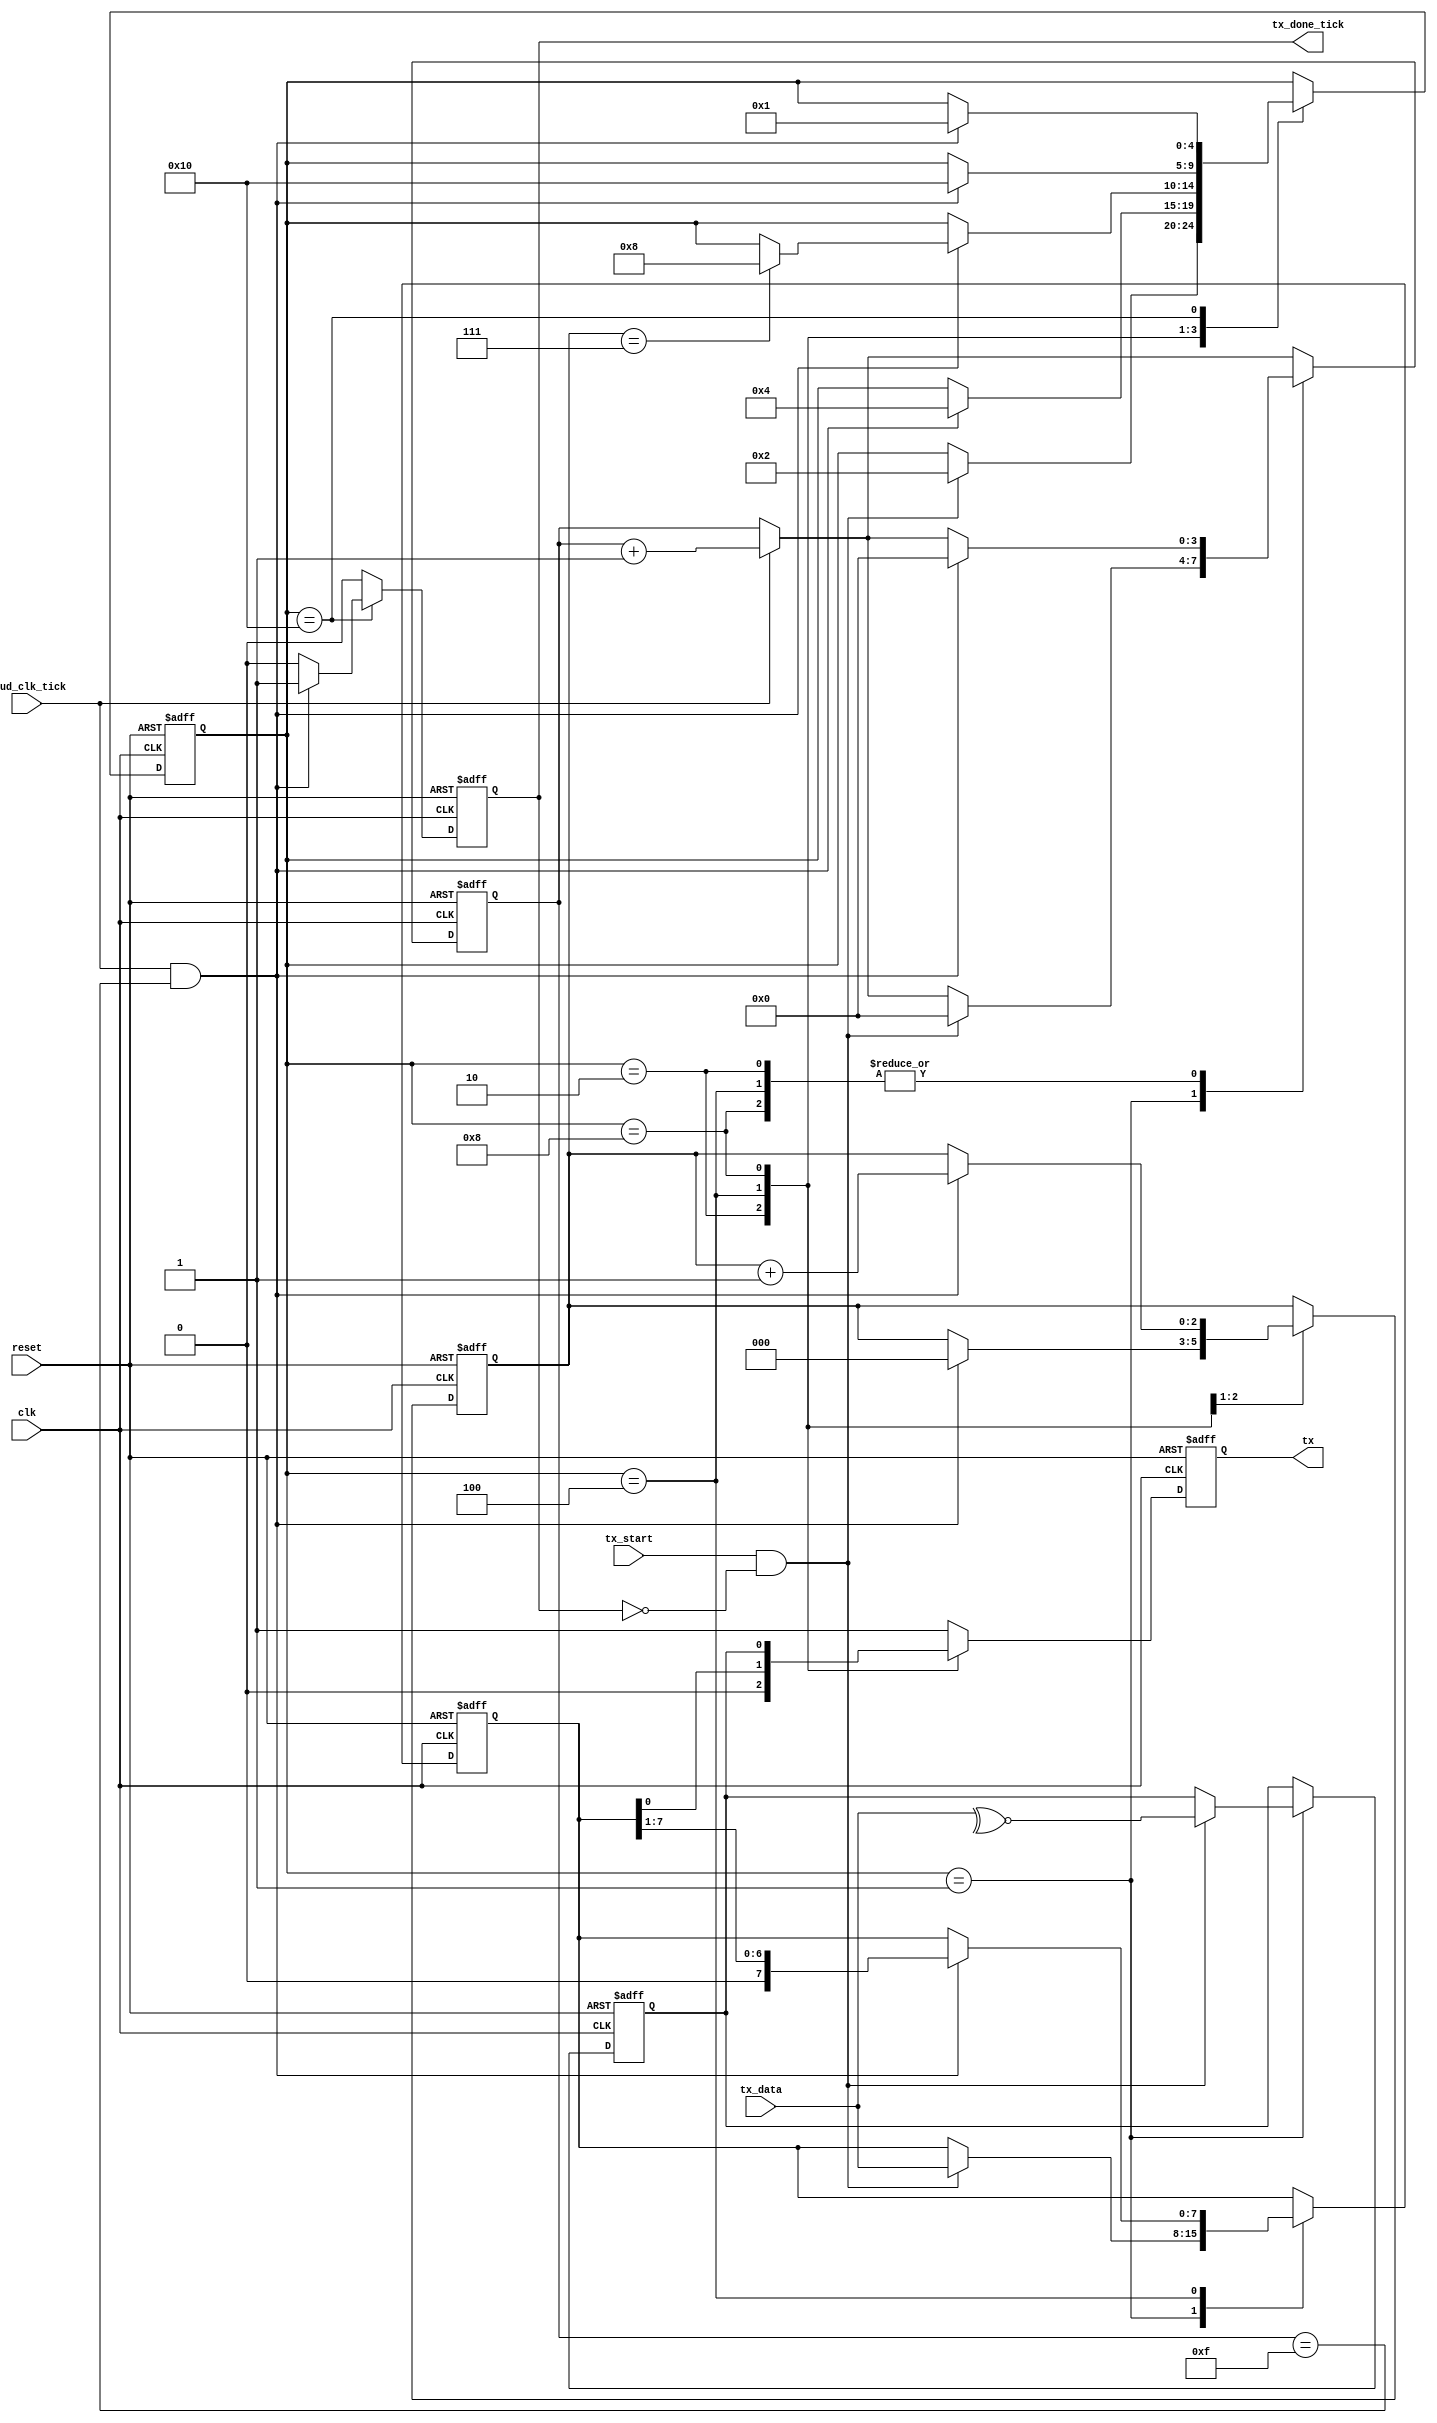
module uart_tx
#(
  parameter DATA_BITS                = 8,
  parameter STOP_BITS                = 1,
  parameter PARITY_MODE              = 1, // 0 = NONE, 1 = ODD, 2 = EVEN
  parameter BAUD_CLK_OVERSAMPLE_RATE = 16
)
(
  input  wire                 clk,            // System clock
  input  wire                 reset,          // Reset signal
  input  wire                 baud_clk_tick,  // 1 tick per OVERSAMPLE_RATE baud clks
  input  wire                 tx_start,       // Signal requesting trasmission start
  input  wire [DATA_BITS-1:0] tx_data,        // Data to be transmitted
  output wire                 tx_done_tick,   // Transfer done signal
  output wire                 tx              // TX transmission wire
);

localparam [5:0] STOP_OVERSAMPLE_TICKS = STOP_BITS * BAUD_CLK_OVERSAMPLE_RATE;

// Symbolic state representations.
localparam [4:0] S_IDLE   = 5'h01,
                 S_START  = 5'h02,
                 S_DATA   = 5'h04,
                 S_PARITY = 5'h08,
                 S_STOP   = 5'h10;

// Registers
reg [4:0]           q_state, d_state;
reg [3:0]           q_baud_clk_tick_cnt, d_baud_clk_tick_cnt;
reg [DATA_BITS-1:0] q_data, d_data;
reg [2:0]           q_data_bit_idx, d_data_bit_idx;
reg                 q_parity_bit, d_parity_bit;
reg                 q_tx, d_tx;
reg                 q_tx_done_tick, d_tx_done_tick;

always @(posedge clk, posedge reset)
  begin
    if (reset)
      begin
        q_state             <= S_IDLE;
        q_baud_clk_tick_cnt <= 0;
        q_data              <= 0;
        q_data_bit_idx      <= 0;
        q_tx                <= 1'b1;
        q_tx_done_tick      <= 1'b0;
        q_parity_bit        <= 1'b0;
      end
    else
      begin
        q_state             <= d_state;
        q_baud_clk_tick_cnt <= d_baud_clk_tick_cnt;
        q_data              <= d_data;
        q_data_bit_idx      <= d_data_bit_idx;
        q_tx                <= d_tx;
        q_tx_done_tick      <= d_tx_done_tick;
        q_parity_bit        <= d_parity_bit;
      end
  end

always @*
  begin
    // Default most state to remain unchanged.
    d_state             = q_state;
    d_data              = q_data;
    d_data_bit_idx      = q_data_bit_idx;
    d_parity_bit        = q_parity_bit;

    // Increment the tick counter if the baud clk counter ticked.
    d_baud_clk_tick_cnt = (baud_clk_tick) ? (q_baud_clk_tick_cnt + 4'h1) : q_baud_clk_tick_cnt;

    d_tx_done_tick = 1'b0;
    d_tx           = 1'b1;

    case (q_state)
      S_IDLE:
        begin
          // Detect tx_start signal from client, latch data, and begin transmission.  Don't latch
          // during done_tick.
          if (tx_start && ~q_tx_done_tick)
            begin
              d_state             = S_START;
              d_baud_clk_tick_cnt = 0;
              d_data              = tx_data;

              if (PARITY_MODE == 1)
                d_parity_bit = ~^tx_data;
              else if (PARITY_MODE == 2)
                d_parity_bit = ~tx_data;
            end
        end

      S_START:
        begin
          // Send low signal to indicate start bit.  When done, move to data transmission.
          d_tx = 1'b0;
          if (baud_clk_tick && (q_baud_clk_tick_cnt == (BAUD_CLK_OVERSAMPLE_RATE - 1)))
            begin
              d_state             = S_DATA;
              d_baud_clk_tick_cnt = 0;
              d_data_bit_idx      = 0;
            end
        end

      S_DATA:
        begin
          // Transmit current low data bit.  After OVERSAMPLE_RATE ticks, shift the data reg
          // and move on to the next bit.  After DATA_BITS bits, move to stop bit state.
          d_tx = q_data[0];
          if (baud_clk_tick && (q_baud_clk_tick_cnt == (BAUD_CLK_OVERSAMPLE_RATE - 1)))
            begin
              d_data              = q_data >> 1;
              d_data_bit_idx      = q_data_bit_idx + 3'h1;
              d_baud_clk_tick_cnt = 0;

              if (q_data_bit_idx == (DATA_BITS - 1))
                begin
                  if (PARITY_MODE == 0)
                    d_state = S_STOP;
                  else
                    d_state = S_PARITY;
                end
            end
        end

      S_PARITY:
        begin
          // Send parity bit.
          d_tx = q_parity_bit;
          if (baud_clk_tick && (q_baud_clk_tick_cnt == (BAUD_CLK_OVERSAMPLE_RATE - 1)))
            begin
              d_state             = S_STOP;
              d_baud_clk_tick_cnt = 0;
            end
        end

      S_STOP:
        begin
          // Issue stop bit.
          if (baud_clk_tick && (q_baud_clk_tick_cnt == (STOP_OVERSAMPLE_TICKS - 1)))
            begin
              d_state        = S_IDLE;
              d_tx_done_tick = 1'b1;
            end
        end
    endcase
end

assign tx           = q_tx;
assign tx_done_tick = q_tx_done_tick;

endmodule